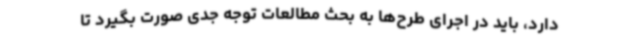
دارد، باید در اجرای طرح‌ها به بحث مطالعات توجه جدی صورت بگیرد تا